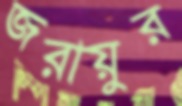
জরায়ুর